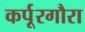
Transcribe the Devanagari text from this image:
कर्पूरगौरा